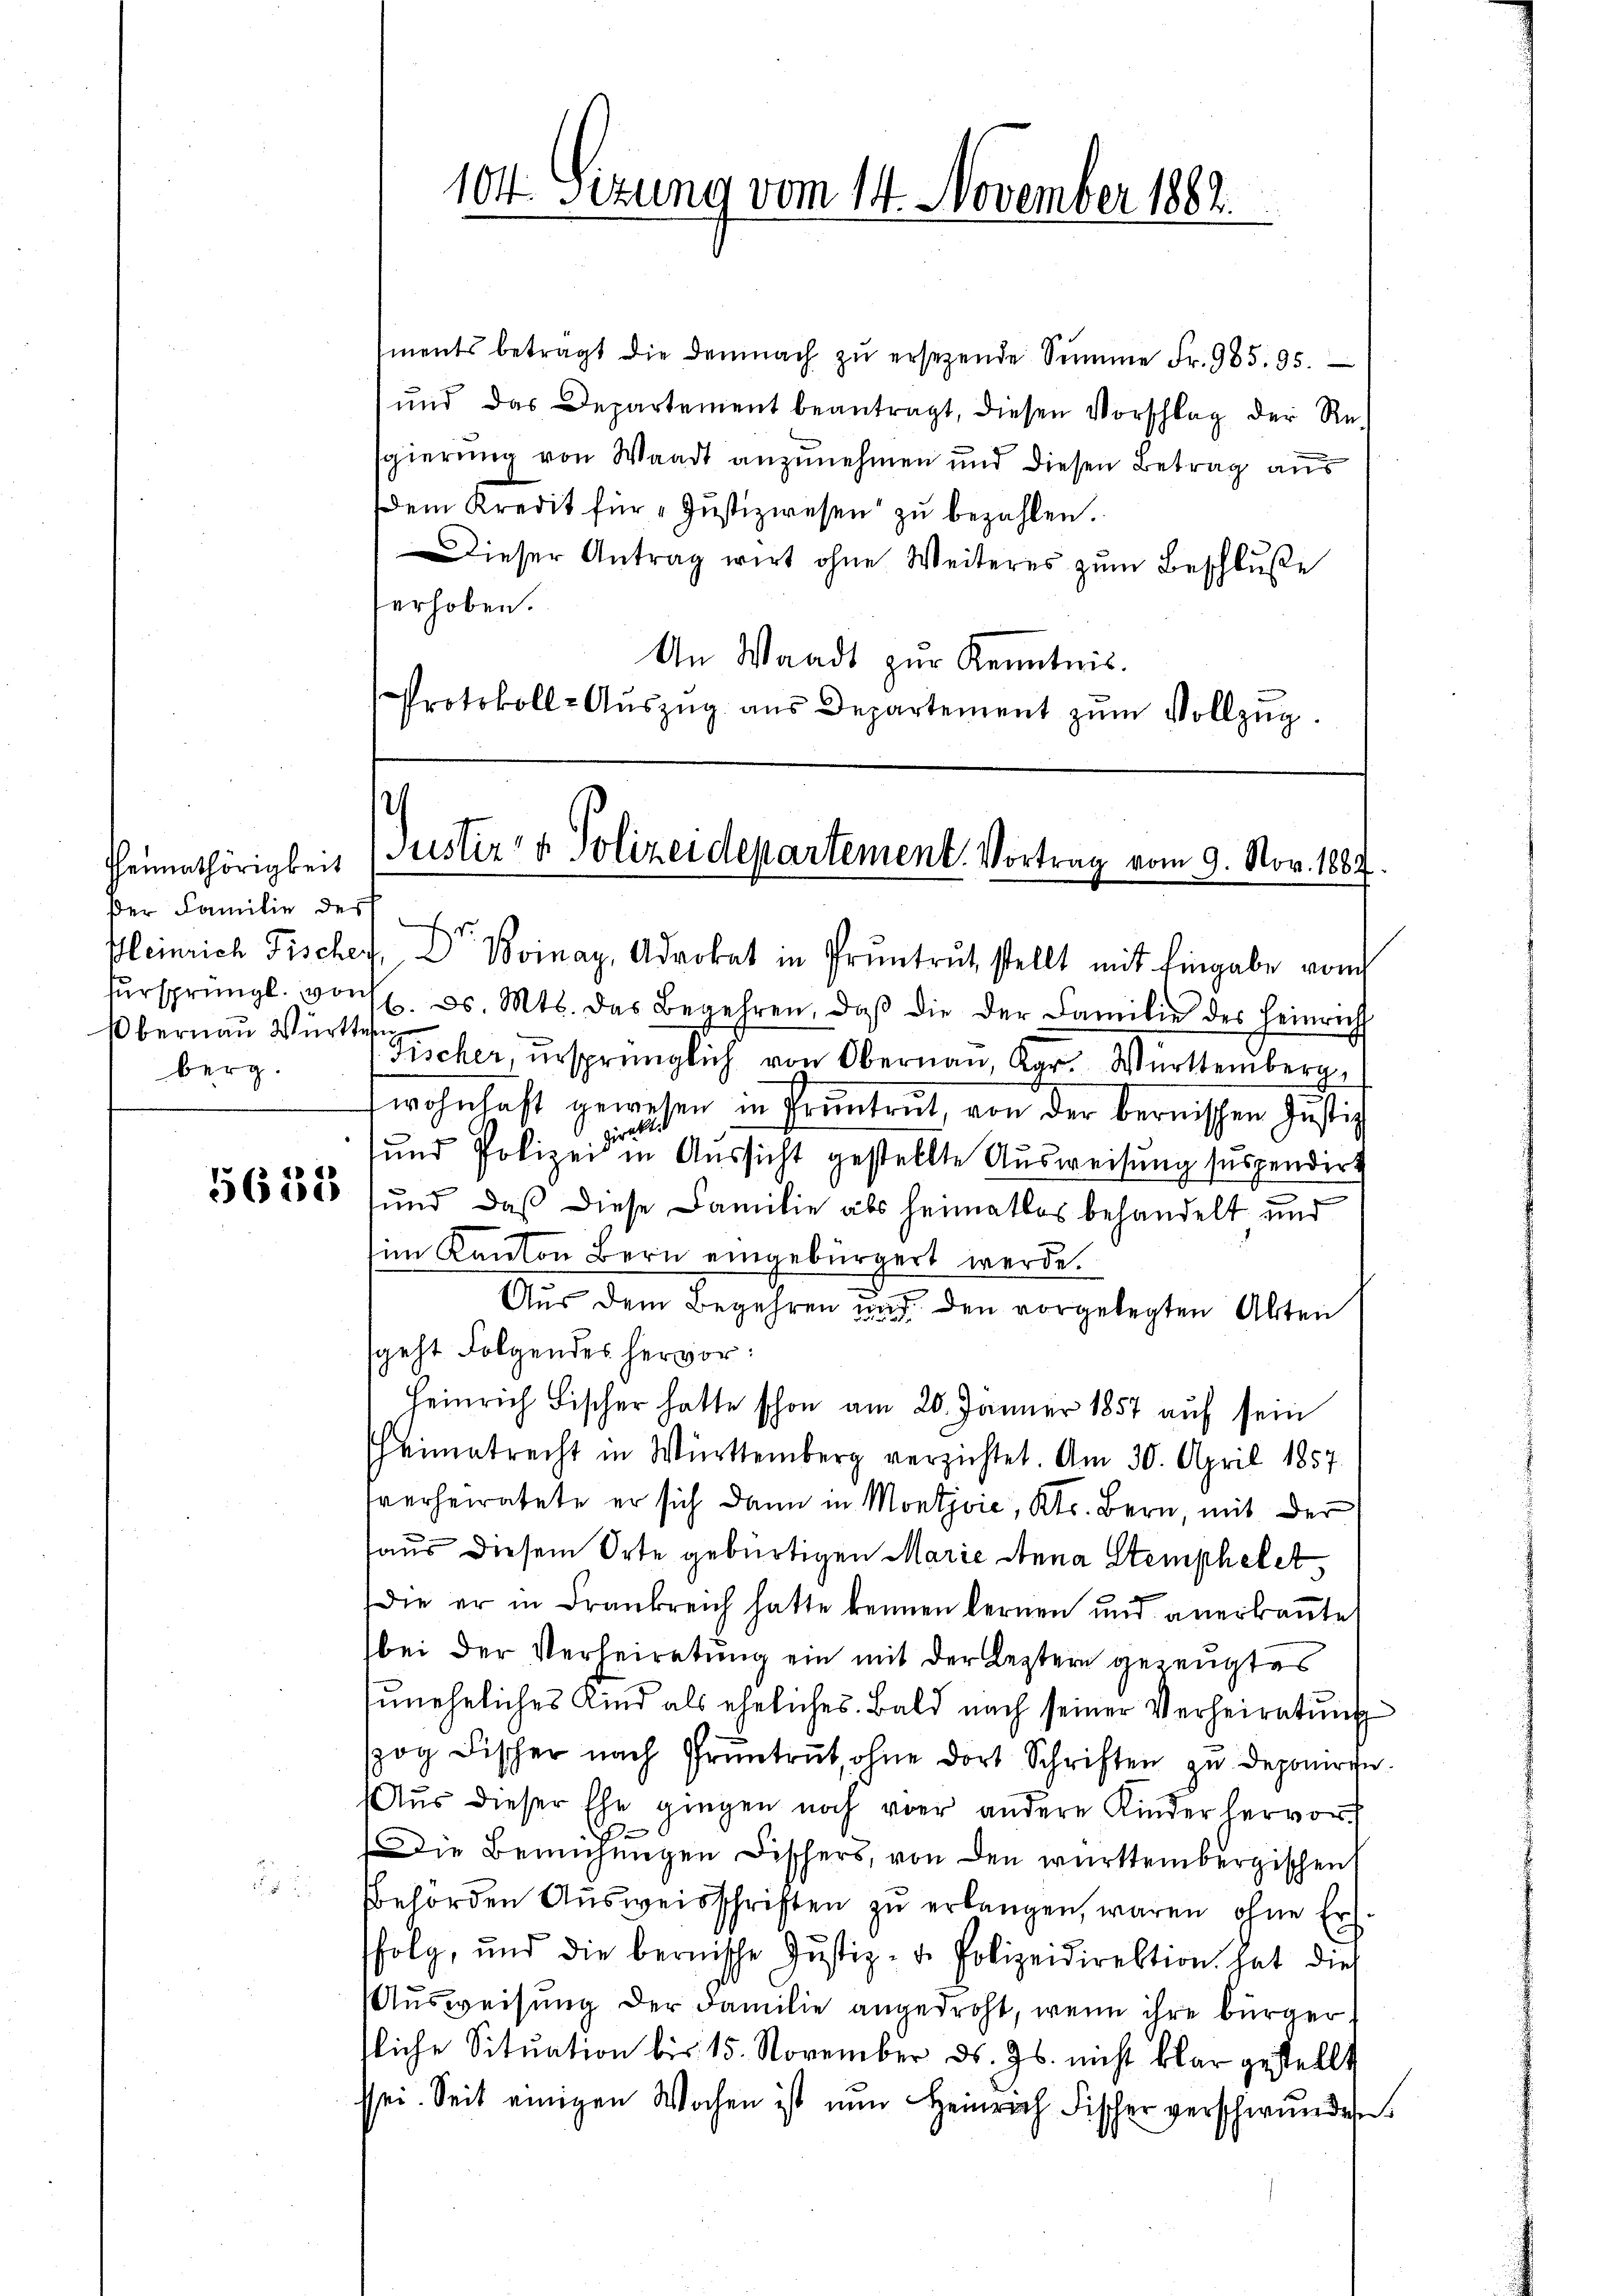
Heimathörigkeit
der Familie des Er
bernau Württe
berg.

5638

104. Sizung vom 14. November 1882.

ments betragt die demnach zŭ ersetzende Summe Fr. 985. 95.
ŭnd das Departement beantragt, diesen Vorschlag der Re-
sgierung von Waadt anzunehmen und diesen Betrag aus
em Kredit für „Jŭstizwesen zŭ bezahlen.
Dieser Antrag wirt ohne Weiteres zŭm Beschluße
erhoben.
An Waadt zur Kenntnis.
Protokoll-Aŭszŭg aŭs Departement zŭm Vollzŭg.

s
Justiz- & Polizeidepartement. Vortrag vom 9. Nov. 1887.

Kleinrich Fischer 2 Voinay, Advokat in Pruntrut stellt mit Eingabe vom
fürsprüngl. vor 7. d. Mts. das Begehren, daβ die der Familie des Heinricht
Fischer, ursprünglich von Obernau, Kgr. Württemberg,
wohnhaft gewesen in Pruntrut, von der bernissen Justiz
direkt
und Polizei in Aussicht gestellte Ausweisung suspendirt
und, daß diese Familie als heimatlos behandelt und
im Kanton Bern eingebürgert werde.
—
Aus dem Begehren und den vorgelegten Akten
sgeht Folgendes hervor:
Heinrich Fischer hatte schon am 20. Jänner 1857 auf sein
Heimatrecht in Württemberg verzichtet. Am 30. April 1857.
tverheiratete er sich dann in Montjvić, Kts. Bern, mit der
aus diesem Orte gebürtigen Marie Anna Stemphelet,
Die er in Frankreich hatte kennen lernen und anerkannte
bei der Verheiratung ein mit der Leztern gezeugtes
uneheliches Kind als eheliches. Bald nach seiner Verheiratung
spog Fischer nach Grüntrut, ohne dort Schriften zu deponiren.
Aus dieser Ehe gingen noch vor andere Kinder hervor
.
Die Bemühungen Fischers, von den württembergischen
Bbehörden Ausweisschriften zu erlangen, waren ohne Erfolg, und die bernische Justiz- u. Polizeidirektion hat dies
Ausweisung der Familie angedroht, wenn ihre bürger,
tliche Situation bis 15. November ds. Js. nicht klar gestellt
ssei. Seit einigen Wochen ist nun Heinrich Fischer verschwunden.